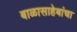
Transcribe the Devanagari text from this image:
बाळासाहेबांचा